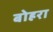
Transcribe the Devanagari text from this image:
बोह्ररा